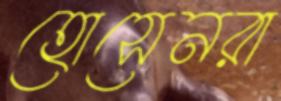
হোসেনরা